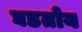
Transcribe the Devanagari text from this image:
घडतोय